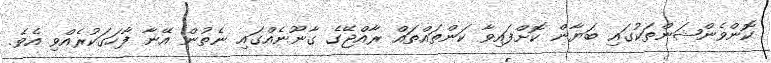
ކޮންވެންޝަންތަކުގައި ބަޔާން ކޮށްފައިވާ ކަންތައްތައް ރާއްޖޭގެ ގާނޫނެއްގައި ނެތުން އޭނާ ފާހަގަކުރެއްވި އެވެ.